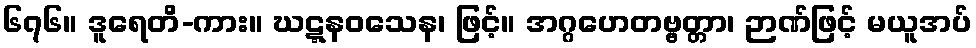
၆၇၆။ ဒူရေတိ-ကား။ ဃဋ္ဋနဝသေန၊ ဖြင့်။ အဂ္ဂဟေတဗ္ဗတ္တာ၊ ဉာဏ်ဖြင့် မယူအပ်